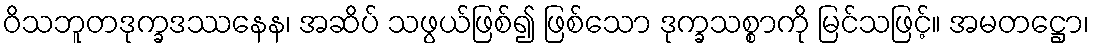
ဝိသဘူတဒုက္ခဒဿနေန၊ အဆိပ် သဖွယ်ဖြစ်၍ ဖြစ်သော ဒုက္ခသစ္စာကို မြင်သဖြင့်။ အမတဋ္ဌော၊